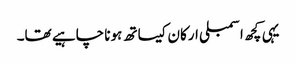
یہی کچھ اسمبلی ارکان کیساتھ ہونا چاہیے تھا۔